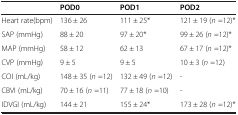
<table><thead><tr><td></td><td><b>POD0</b></td><td><b>POD1</b></td><td><b>POD2</b></td></tr></thead><tbody><tr><td>Heart rate(bpm)</td><td>136 ± 26</td><td>111 ± 25*</td><td>121 ± 19 (<i>n</i> =12)*</td></tr><tr><td>SAP (mmHg)</td><td>88 ± 20</td><td>97 ± 20*</td><td>99 ± 26 (<i>n</i> =12)*</td></tr><tr><td>MAP (mmHg)</td><td>58 ± 12</td><td>62 ± 13</td><td>67 ± 17 (<i>n</i> =12)*</td></tr><tr><td>CVP (mmHg)</td><td>9 ± 5</td><td>9 ± 5</td><td>10 ± 3 (<i>n</i> =12)</td></tr><tr><td>COI (mL/kg)</td><td>148 ± 35 (<i>n</i> =12)</td><td>132 ± 49 (<i>n</i> =12)</td><td>-</td></tr><tr><td>CBVI (mL/kg)</td><td>70 ± 16 (<i>n</i> =11)</td><td>77 ± 18 (<i>n</i> =10)</td><td>-</td></tr><tr><td>IDVGI (mL/kg)</td><td>144 ± 21</td><td>155 ± 24*</td><td>173 ± 28 (<i>n</i> =12)*</td></tr></tbody></table>